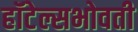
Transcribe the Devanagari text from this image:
हॉटेल्सभोवती